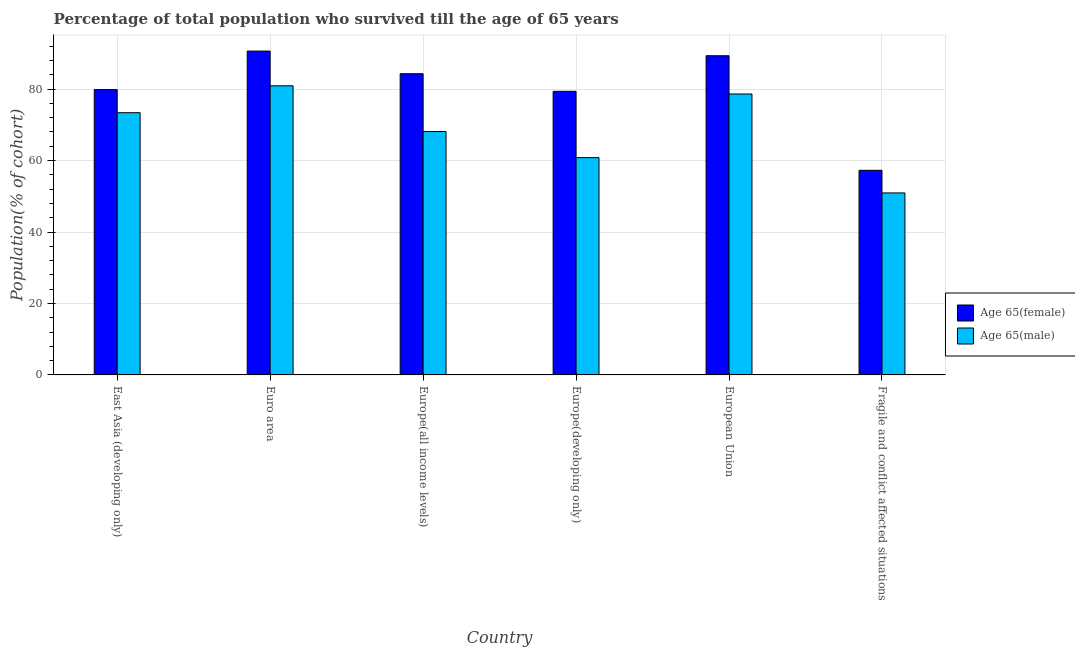
| Country | Age 65(female) | Age 65(male) |
 | --- | --- | --- |
 | East Asia (developing only) | 79.9 | 73.4 |
 | Euro area | 90.6 | 80.9 |
 | Europe(all income levels) | 84.3 | 68.1 |
 | Europe(developing only) | 79.4 | 60.8 |
 | European Union | 89.3 | 78.6 |
 | Fragile and conflict affected situations | 57.3 | 50.9 |